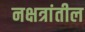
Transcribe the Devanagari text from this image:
नक्षत्रांतील